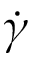
\dot { \gamma }